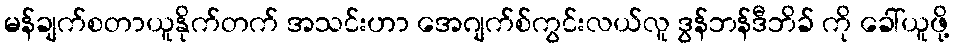
မန်ချက်စတာယူနိုက်တက် အသင်းဟာ အေဂျက်စ်ကွင်းလယ်လူ ဒွန်ဘန်ဒီဘိခ် ကို ခေါ်ယူဖို့